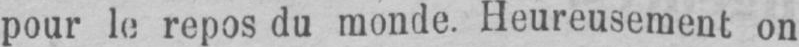
pour le repos du monde. Heureusement on